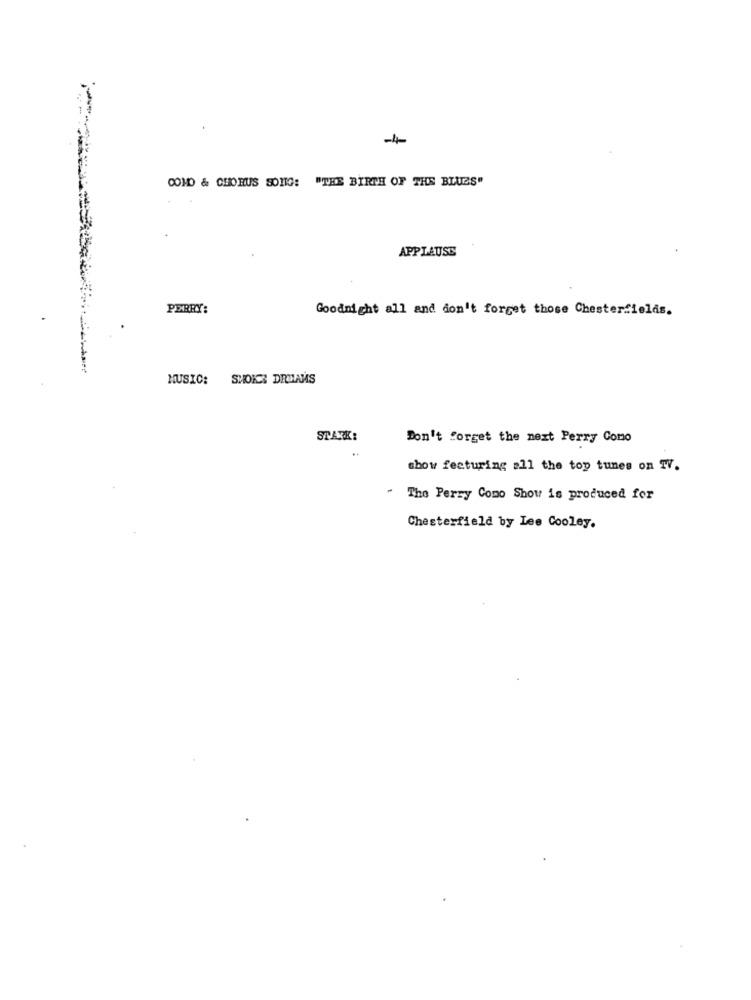
-4
COMO & CHORUS SONG: "THE BIRTH OF THE BLUES"
APPLAUSE
PERRY:
Goodnight all and don't forget those Chesterfields.
MUSIC: SMOKE DRUIANS
STARK:
Don't forget the next Perry Como
show featuring a11 the top tunes on TV.
" The Perzy Como Show is produced for
Chesterfield by Lee Cooley.